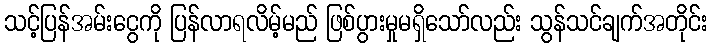
သင့်ပြန်အမ်းငွေကို ပြန်လာရလိမ့်မည် ဖြစ်ပွားမှုမရှိသော်လည်း သွန်သင်ချက်အတိုင်း